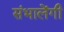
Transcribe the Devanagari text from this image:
संभालेंगी